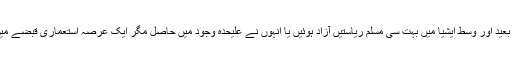
برصغیر میں پاکستان معرض وجود میں آیا، مشرق بعید اور وسط ایشیا میں بہت سی مسلم ریاستیں آزاد ہوئیں یا انہوں نے علیحدہ وجود میں حاصل مگر ایک عرصہ استعماری قبضے میں رہنے کے باعث غلامی کے اثرات ختم نہ ہوئے۔